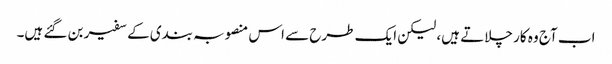
اب آج وہ کار چلاتے ہیں، لیکن ایک طرح سے اس منصوبہ بندی کے سفیر بن گئے ہیں۔